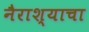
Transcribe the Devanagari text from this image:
नैराश्याचा